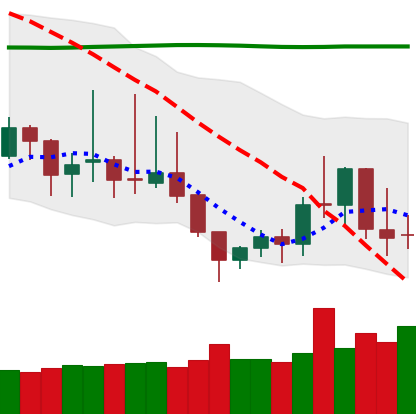
Ticker: DOGE-USD
Chart end date: 2019-09-07
Forward return: -3.579%
Label: down_3_5